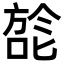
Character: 旕